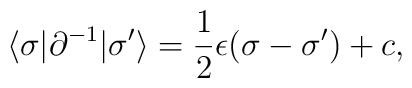
\langle \sigma| \partial  ^{-1}|\sigma'\rangle = \frac{1}{2}\epsilon (\sigma - \sigma ') + c,